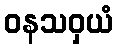
ဝနသဝှယံ